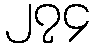
၂၇၄